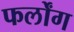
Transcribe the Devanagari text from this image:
फर्लोंग